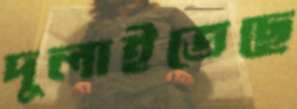
দুলাইতেছে